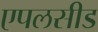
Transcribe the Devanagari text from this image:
एपलसीड